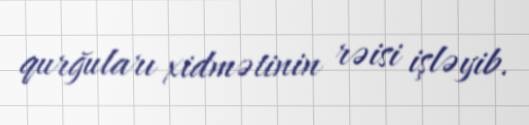
qurğuları xidmətinin rəisi işləyib.